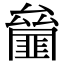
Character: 𠬘